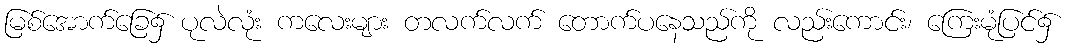
မြစ်အောက်ခြေ၌ ပုလဲလုံး ကလေးများ တလက်လက် တောက်ပနေသည်ကို လည်းကောင်း၊ ကြေးမုံပြင်၌